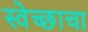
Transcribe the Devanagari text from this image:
स्वेच्छाचा